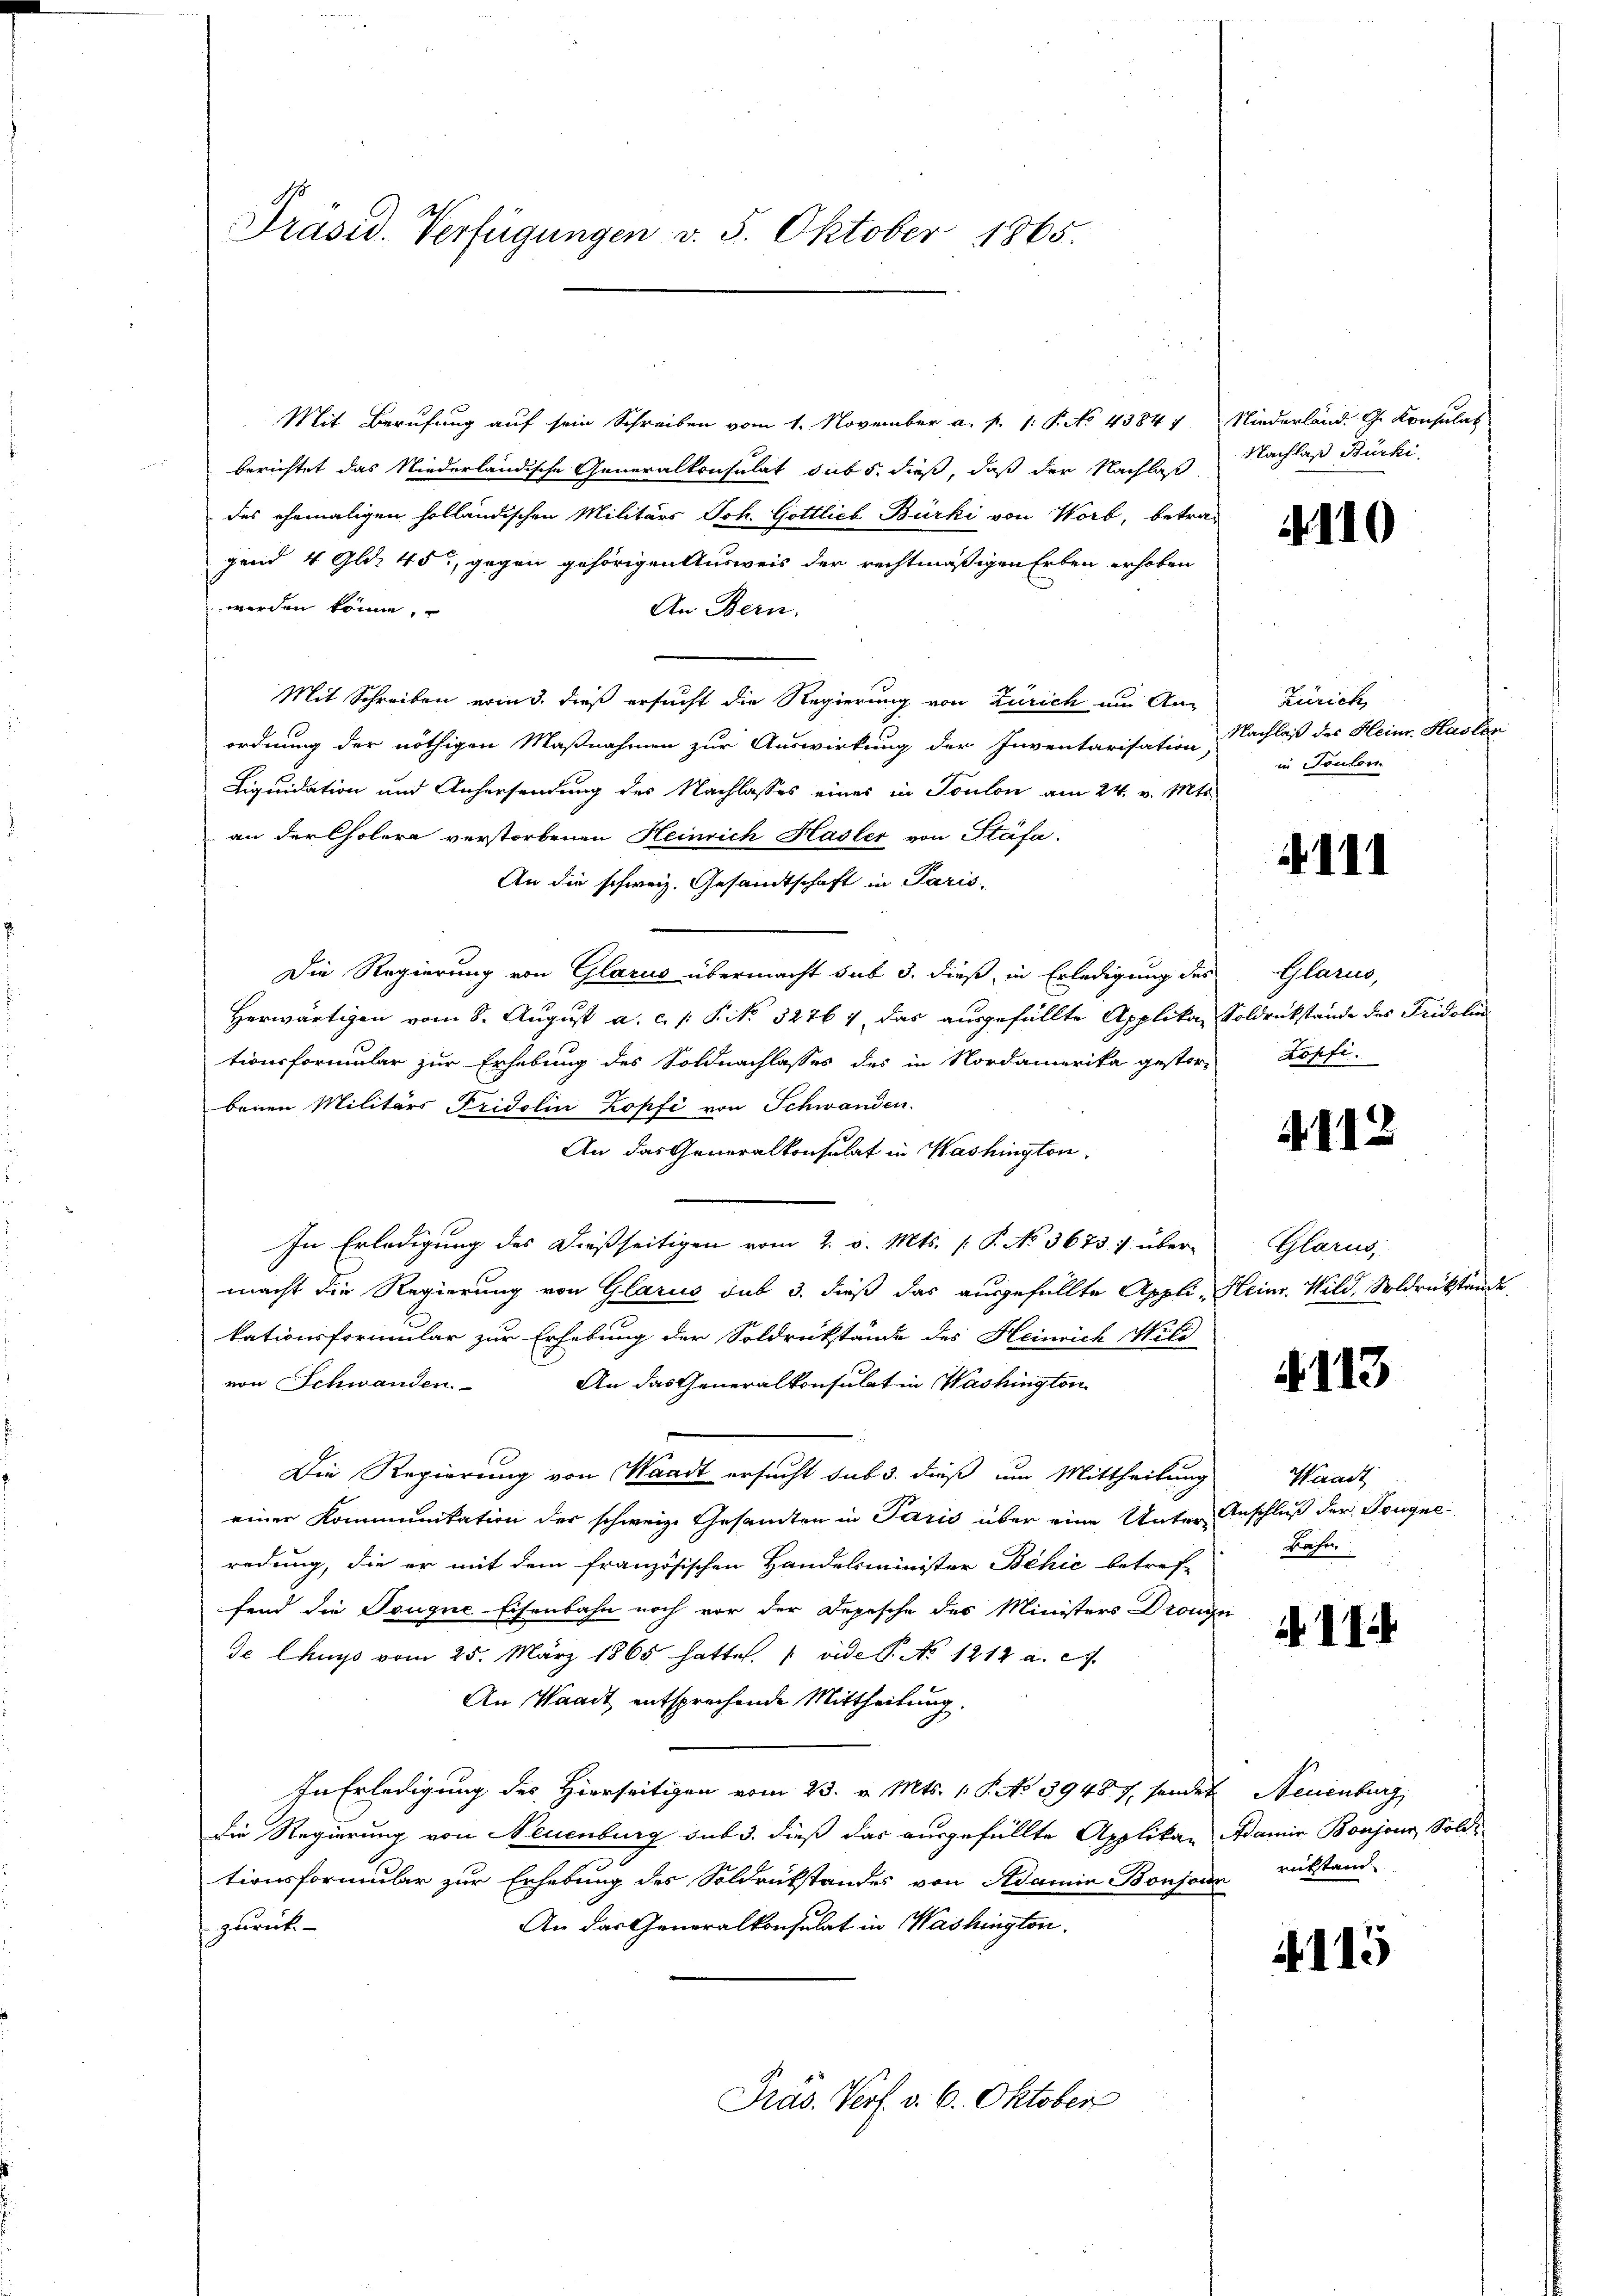
Präsid. Verfügungen v. 5. Oktober 1865.

gend 4 Gld. 45, gegen gehörigen Ausweis der rechtmäßigen Erben erhoben
werden könne,
An Bern.
Mit Schreiben vom 3. dieß ersucht die Regierung von Zürich an Anordnung der nöthigen Maßnahmen zur Auswirkung der Inventarisation
Liquidation und Anhersendung des Nachlasses eines in Toulon am 24. v. Mts.
an der Cholera verstorbenen Heinrich Hasler von Stäfa.
An die schweiz. Gesandtschaft in Paris
Die Regierung von Glarus übermacht sub 3. dieß, in Erledigung des
Herwärtigen vom 8. August a. c. 1 S. No. 32761 das ausgefüllte Applika Soldrückstände des Fridolintionsformular zur Erhebung des Soldnachlasses des in Nordamerika gestor-
benen Militärs Fridolin Zopfi von Schwanden.
An das Generalkonsulat in Washington,
In Erledigung des dießseitigen vom 2. v. Mts. (: P. No 3673. 7. über- Glarus,
macht die Regierung von Glarus sub 3. dieß das ausgefüllte Appli-Heim. Wild, Soldrükstände
kationsformular zur Erhebung der Soldrückstände des Heinrich Nied
von Schwanden. An das Generalkonsulat in Washington
Die Regierung von Waadt ersucht sub 3. dieß um Mittheilung
einer Kommunikation der schweiz. Gesamten in Paris über eine Unter-Anschluß der Tougne
redung, die er mit dem französischen Handelsminister Behić betref-
fend die Teugne-Eisenbahn noch vor der Depesche des Ministers Drongu
de Churs vom 25. März 1865 hatte. (vide P. No 1212 a. c.
An Waadt entsprechende Mittheilung.
In Erledigung des Hierseitigen vom 23. v. Mts. 1. P. No 39487. sendet Neuenburg
die Regierung von Neuenburg sub 3. dieß das ausgefüllte Applikan Adamir Boujour, Soldi-
tionsformular zur Erhebung des Soldrükstandes von Adamin-Bonjoin rükstand-
An das Generalkonsulat in Washington.
zurück-
Präs. Verf. v. 6. Oktober

Mit Berufung auf sein Schreiben vom 1. November a. p. 1. P. No. 4384 f. Niederland. G. Konsulat
berichtet das Niederländische Generalkonsulat sub 5. dieß, daß der Nachlaß
des ehemaligen holländischen Militärs Joh. Gottlich Bürki von Worb, betra-

Nachlaß Burki

110

Zürich,
Nachlaß des Heinr. Hasler
in Sonton.

.111

Glarus,
dopfi.

4112

4113

Waadt.
Rafer:

II

4115